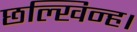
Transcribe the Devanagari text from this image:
छल्खिन्ह।